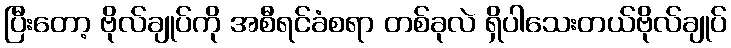
ပြီးတော့ ဗိုလ်ချုပ်ကို အစီရင်ခံစရာ တစ်ခုလဲ ရှိပါသေးတယ်ဗိုလ်ချုပ်